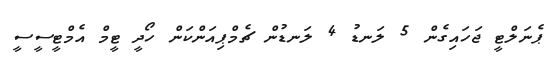
ޕެނަލްޓީ ޖަހައިގެން 5 ލަނޑު 4 ލަނޑުން ޗެމްޕިއަންކަން ހޯދީ ޓީމް އެމްޓީސީސީ